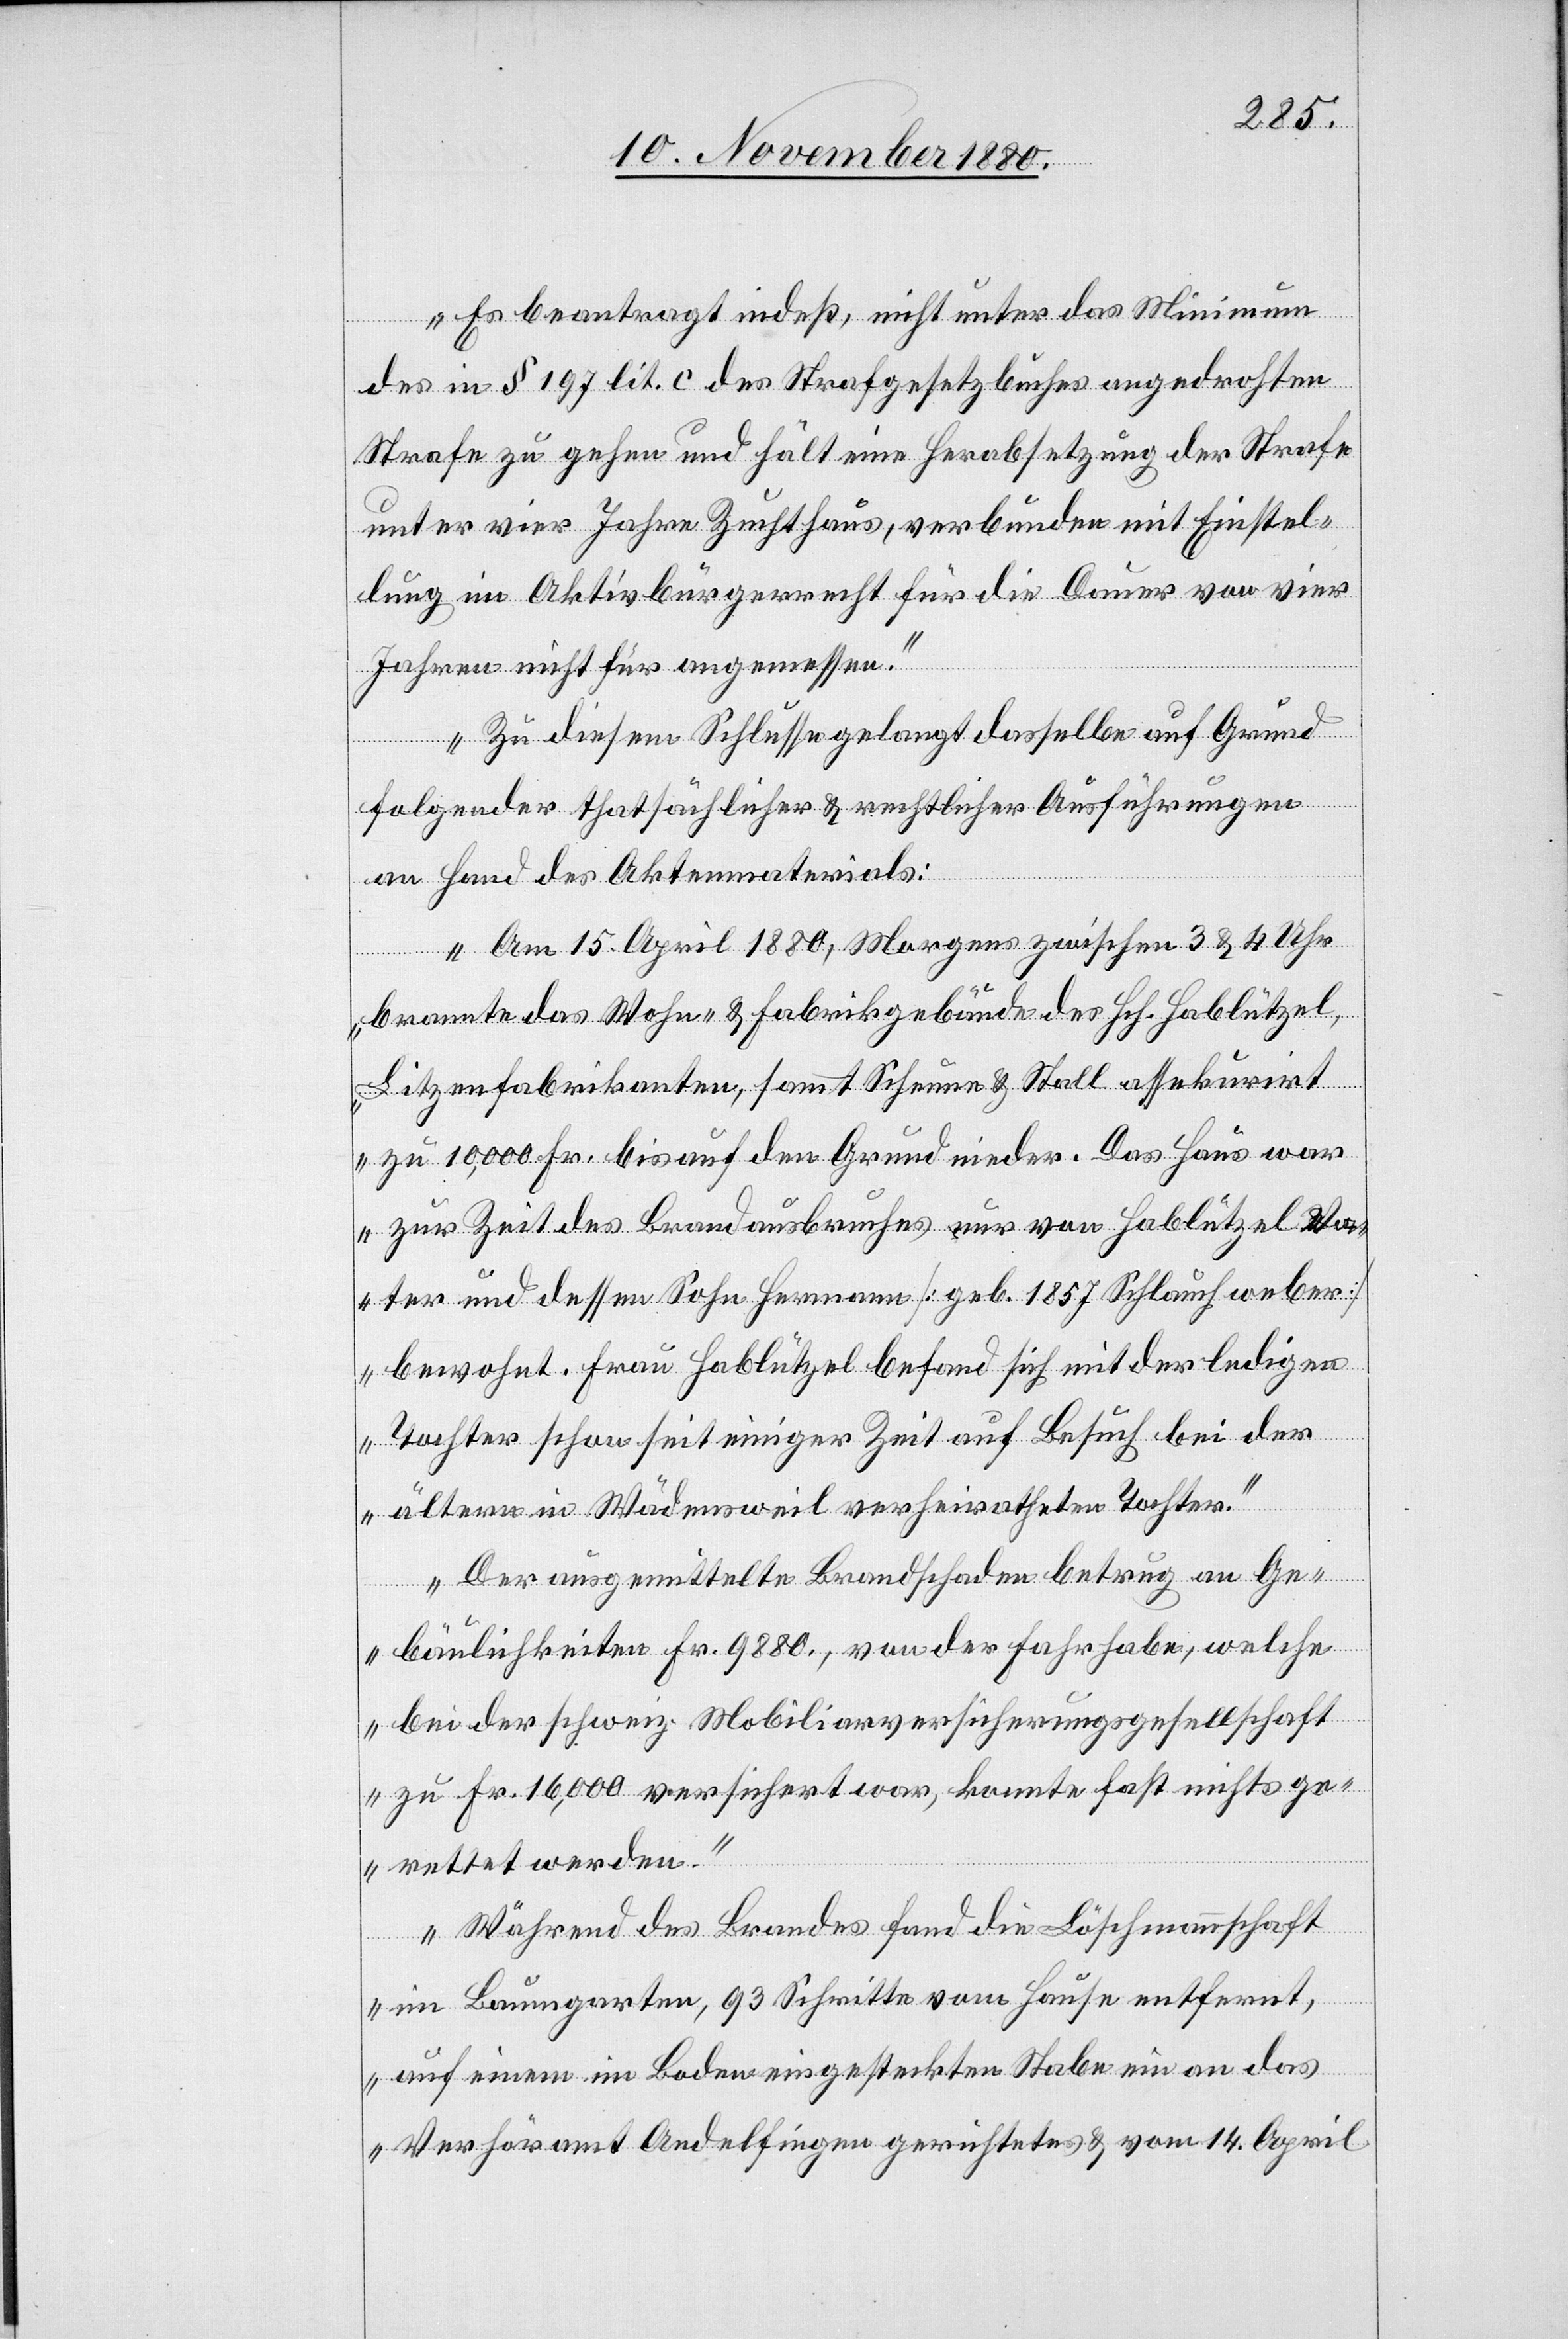
Es beantragt indeß, nicht unter das Minimum
des in § 197 lit. c des Strafgesetzbuches angedrohten
Strafe zu gehen und hält eine Herabsetzung der Strafe
unter vier Jahre Zuchthaus, verbunden mit Einstel¬
lung im Aktivbürgerrecht für die Dauer von vier
Jahren nicht für angemessen.
Zu diesem Schlusse gelangt dasselbe auf Grund
folgender thatsächlicher & rechtlicher Ausführungen
an Hand des Aktenmaterials:
„Am 15. April 1880, Morgens zwischen 3 & 4 Uhr
brannte das Wohn- & Fabrikgebäude des Hch. Hablützel,
Litzenfabrikanten, sammt Scheune & Stall assekurirt
zu 10,000 Fr. bis auf den Grund nieder. Das Haus war
zur Zeit des Brandausbruches nur von Hablützel Va¬
ter und dessen Sohn Hermann [geb. 1857 Schlauchweber]
bewohnt. Frau Hablützel befand sich mit der ledigen
Tochter schon seit einiger Zeit auf Besuch bei der
ältern in Wädenswil verheiratheten Tochter.
Der ausgemittelte Brandschaden betrug an Ge¬
bäulichkeiten Fr. 9880, von der Fahrhabe, welche
bei der schweiz. Mobiliarversicherungsgesellschaft
zu Fr. 16,000 versichert war, konnte fast nichts ge¬
rettet werden.
Während des Brandes fand die Löschmannschaft
im Baumgarten, 93 Schritte vom Hause entfernt,
auf einem im Boden eingesteckten Stabe ein an das
Verhöramt Andelfingen gerichtetes & vom 14. April